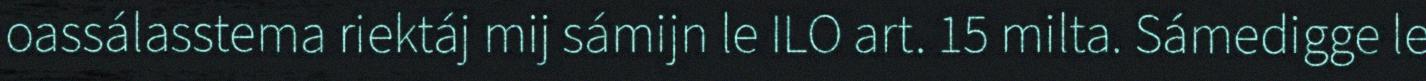
oassálasstema riektáj mij sámijn le ILO art. 15 milta. Sámedigge le